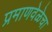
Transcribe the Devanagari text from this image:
प्रमाणवेळेचा